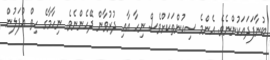
ބުނާފަދައަކުންނެވެ. އެންމެ ސިކުންތަކަށްވެސް ނިހާ އާއި ދުރުވާން ދޭހެންނެވެ. ނިހާމާގެ ހިތް އުފަލުން